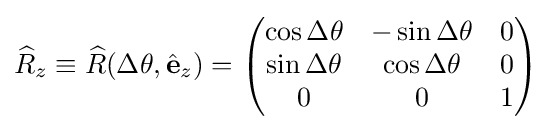
{\widehat {R}}_{z}\equiv {\widehat {R}}(\Delta \theta ,{\hat {\mathbf {e} }}_{z})={\begin{pmatrix}\cos \Delta \theta &-\sin \Delta \theta &0\\\sin \Delta \theta &\cos \Delta \theta &0\\0&0&1\\\end{pmatrix}}